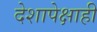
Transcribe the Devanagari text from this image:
देशापेक्षाही